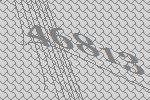
46813